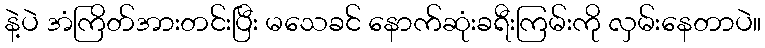
နဲ့ပဲ အံကြိတ်အားတင်းပြီး မသေခင် နောက်ဆုံးခရီးကြမ်းကို လှမ်းနေတာပဲ။